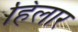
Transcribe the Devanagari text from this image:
हिलार